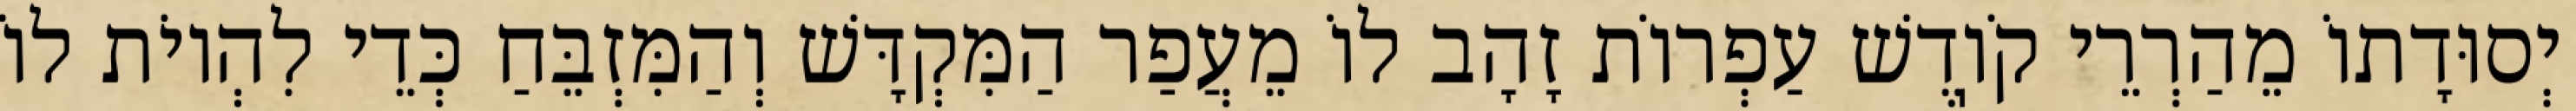
יְסוּדָתוֹ מֵהַרְרֵי קֹוֽדֶשׁ עַפְרוֹת זָהָב לוֹ מֵעֲפַר הַמִּקְדָּשׁ וְהַמִּזְבֵּחַ כְּדֵי לִהְיוֹת לוֹ